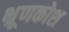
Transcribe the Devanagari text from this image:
भ्रूणकोश